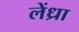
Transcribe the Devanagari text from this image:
लेंध्रा